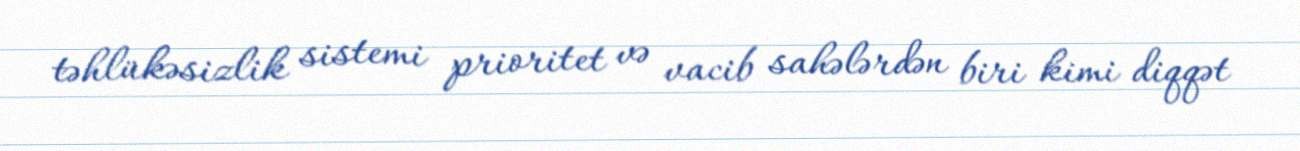
təhlükəsizlik sistemi prioritet və vacib sahələrdən biri kimi diqqət